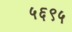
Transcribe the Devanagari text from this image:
५६९५